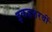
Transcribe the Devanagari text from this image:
इकहत्तरवीं